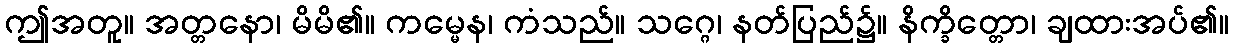
ဤအတူ။ အတ္တနော၊ မိမိ၏။ ကမ္မေန၊ ကံသည်။ သဂ္ဂေ၊ နတ်ပြည်၌။ နိက္ခိတ္တော၊ ချထားအပ်၏။